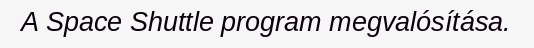
A Space Shuttle program megvalósítása.